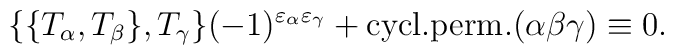
\{\{T_\alpha,T_\beta\},T_\gamma\}(-1)^{\varepsilon_\alpha\varepsilon_\gamma}+ {\rm cycl.perm.}(\alpha\beta\gamma)\equiv 0.